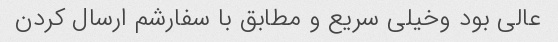
عالی بود وخیلی سریع و مطابق با سفارشم ارسال کردن